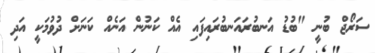
ސަރޯޖް ބުނީ "ބުޑު އަނބުރައަނބުރައިފައި އެއް ކަނުން އަނެއް ކަނަށް ދުވުމަކީ އަދި